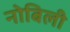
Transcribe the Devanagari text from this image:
नोबिली